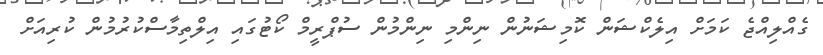
ގެއްލިއްޖެ ކަމަށް އިލެކްޝަން ކޮމިޝަނުން ނިންމި ނިންމުން ސުޕްރީމް ކޯޓުގައި އިލްތިމާސްކުރުމުން ކުރިއަށް